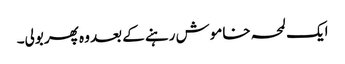
ایک لمحہ خاموش رہنے کے بعد وہ پھر بولی۔